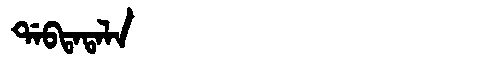
Manchu: ᡩᠠᠪᡨᠠᡨᠠᠯᠠ
Romanization: DABTATALA